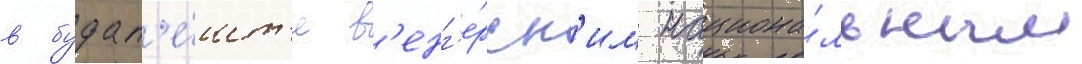
в будап'е́шт'е в'енг'е́рск'им национа́льным